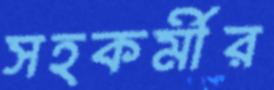
সহকর্মীর